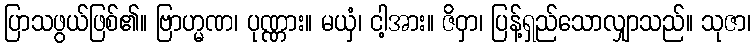
ပြာသဖွယ်ဖြစ်၏။ ဗြာဟ္မဏ၊ ပုဏ္ဏား။ မယှံ၊ ငါ့အား။ ဇိဝှာ၊ ပြန့်ရှည်သောလျှာသည်။ သုဇာ၊